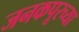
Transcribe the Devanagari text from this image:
जनकपूरच्या